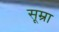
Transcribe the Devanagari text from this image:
सूम्रा